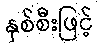
နှစ်စီးဖြင့်